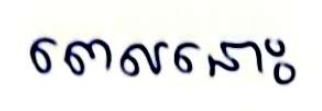
ពេលនោះ